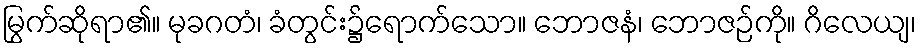
မြွက်ဆိုရာ၏။ မုခဂတံ၊ ခံတွင်း၌ရောက်သော။ ဘောဇနံ၊ ဘောဇဉ်ကို။ ဂိလေယျ၊